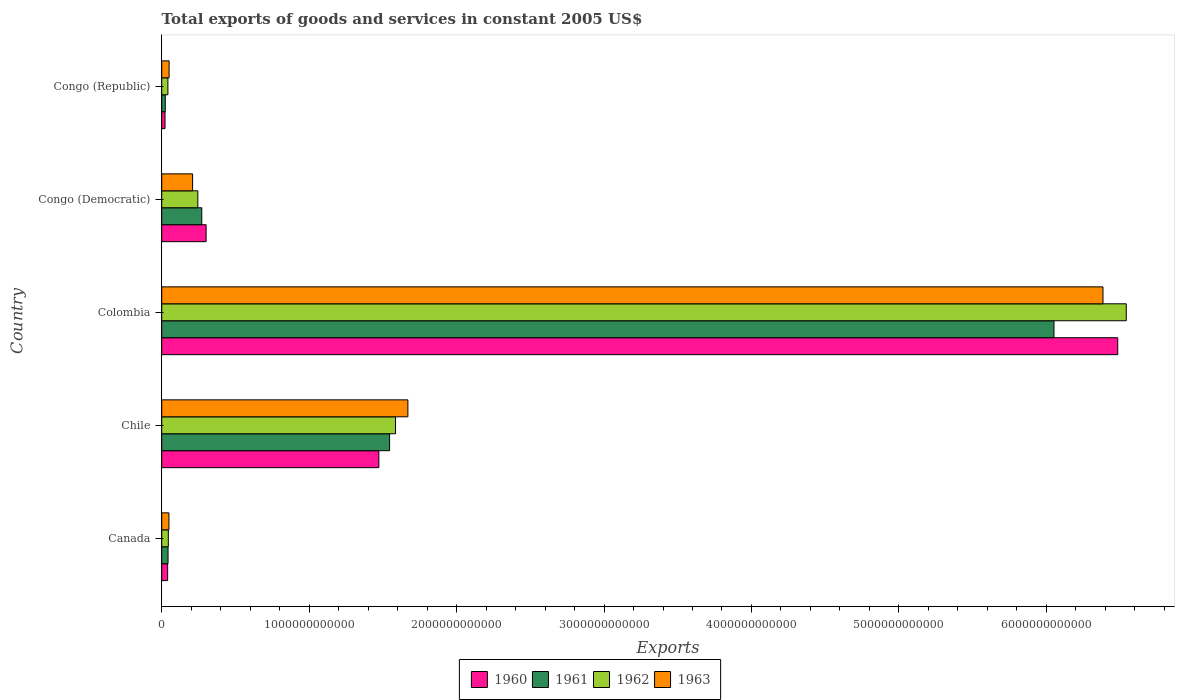
| Country | 1960 | 1961 | 1962 | 1963 |
 | --- | --- | --- | --- | --- |
 | Canada | 4.02e+10 | 4.29e+10 | 4.49e+10 | 4.91e+10 |
 | Chile | 1.47e+12 | 1.55e+12 | 1.59e+12 | 1.67e+12 |
 | Colombia | 6.48e+12 | 6.05e+12 | 6.54e+12 | 6.38e+12 |
 | Congo (Democratic) | 3.01e+11 | 2.72e+11 | 2.45e+11 | 2.09e+11 |
 | Congo (Republic) | 2.25e+10 | 2.42e+10 | 4.2e+10 | 5.01e+10 |